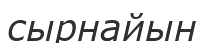
сырнайын